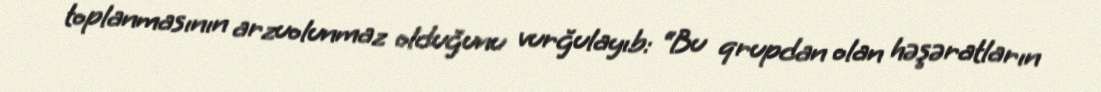
toplanmasının arzuolunmaz olduğunu vurğulayıb: “Bu qrupdan olan həşəratların